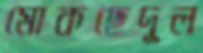
মোকছেদুল